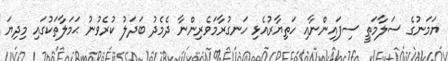
ޔަމަނުގެ ސަލާމަތީ ސިފައިންނާއި ހަތިޔާރުއެޅި ހަނގުރާމަވެރިންނާ ދެމެދު ބަދަލު ކުރެވުނު ޙަމަލާތަކުގައި މިދިޔަ